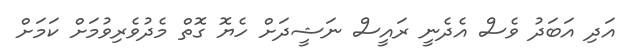
އަދި އަބަދު ވެސް އެދެނީ ރައީސް ނަޝީދަށް ހެޔޮ ގޮތް މެދުވެރިވުމަށް ކަމަށް